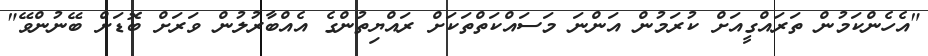
"އެހެންކަމުން ތަރައްގީއަށް ކުރަމުން އަންނަ މަސަައްކަތްތަކަށް ރައްޔިތުންގެ އެއްބާރުލުން ވަރަށް ބޮޑަށް ބޭނުންވޭ"